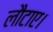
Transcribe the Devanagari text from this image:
लौटाए।